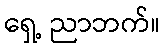
ရှေ့ ညာဘက်။